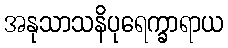
အနုသာသနိပုရေက္ခာရာယ